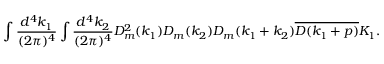
\begin{array} { c } { { \displaystyle \int \frac { d ^ { 4 } k _ { 1 } } { ( 2 \pi ) ^ { 4 } } \int \frac { d ^ { 4 } k _ { 2 } } { ( 2 \pi ) ^ { 4 } } D _ { m } ^ { 2 } ( k _ { 1 } ) D _ { m } ( k _ { 2 } ) D _ { m } ( k _ { 1 } + k _ { 2 } ) \overline { { { D ( k _ { 1 } + p ) } } } K _ { 1 } . } } \end{array}